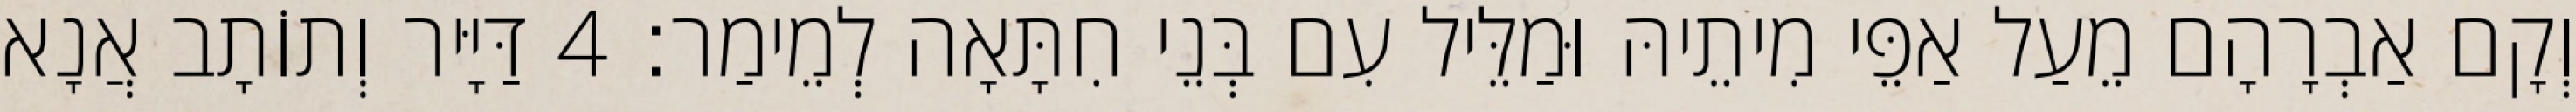
וְקָם אַבְרָהָם מֵעַל אַפֵּי מִיתֵיהּ וּמַלֵּיל עִם בְּנֵי חִתָּאָה לְמֵימַר׃ 4 דַּיָּיר וְתוֹתָב אֲנָא